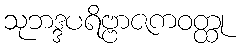
သုဘဒ္ဒပရိဗ္ဗာဇကဝတ္ထု